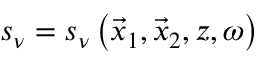
s _ { \nu } = s _ { \nu } \left( \vec { x } _ { 1 } , \vec { x } _ { 2 } , z , \omega \right)